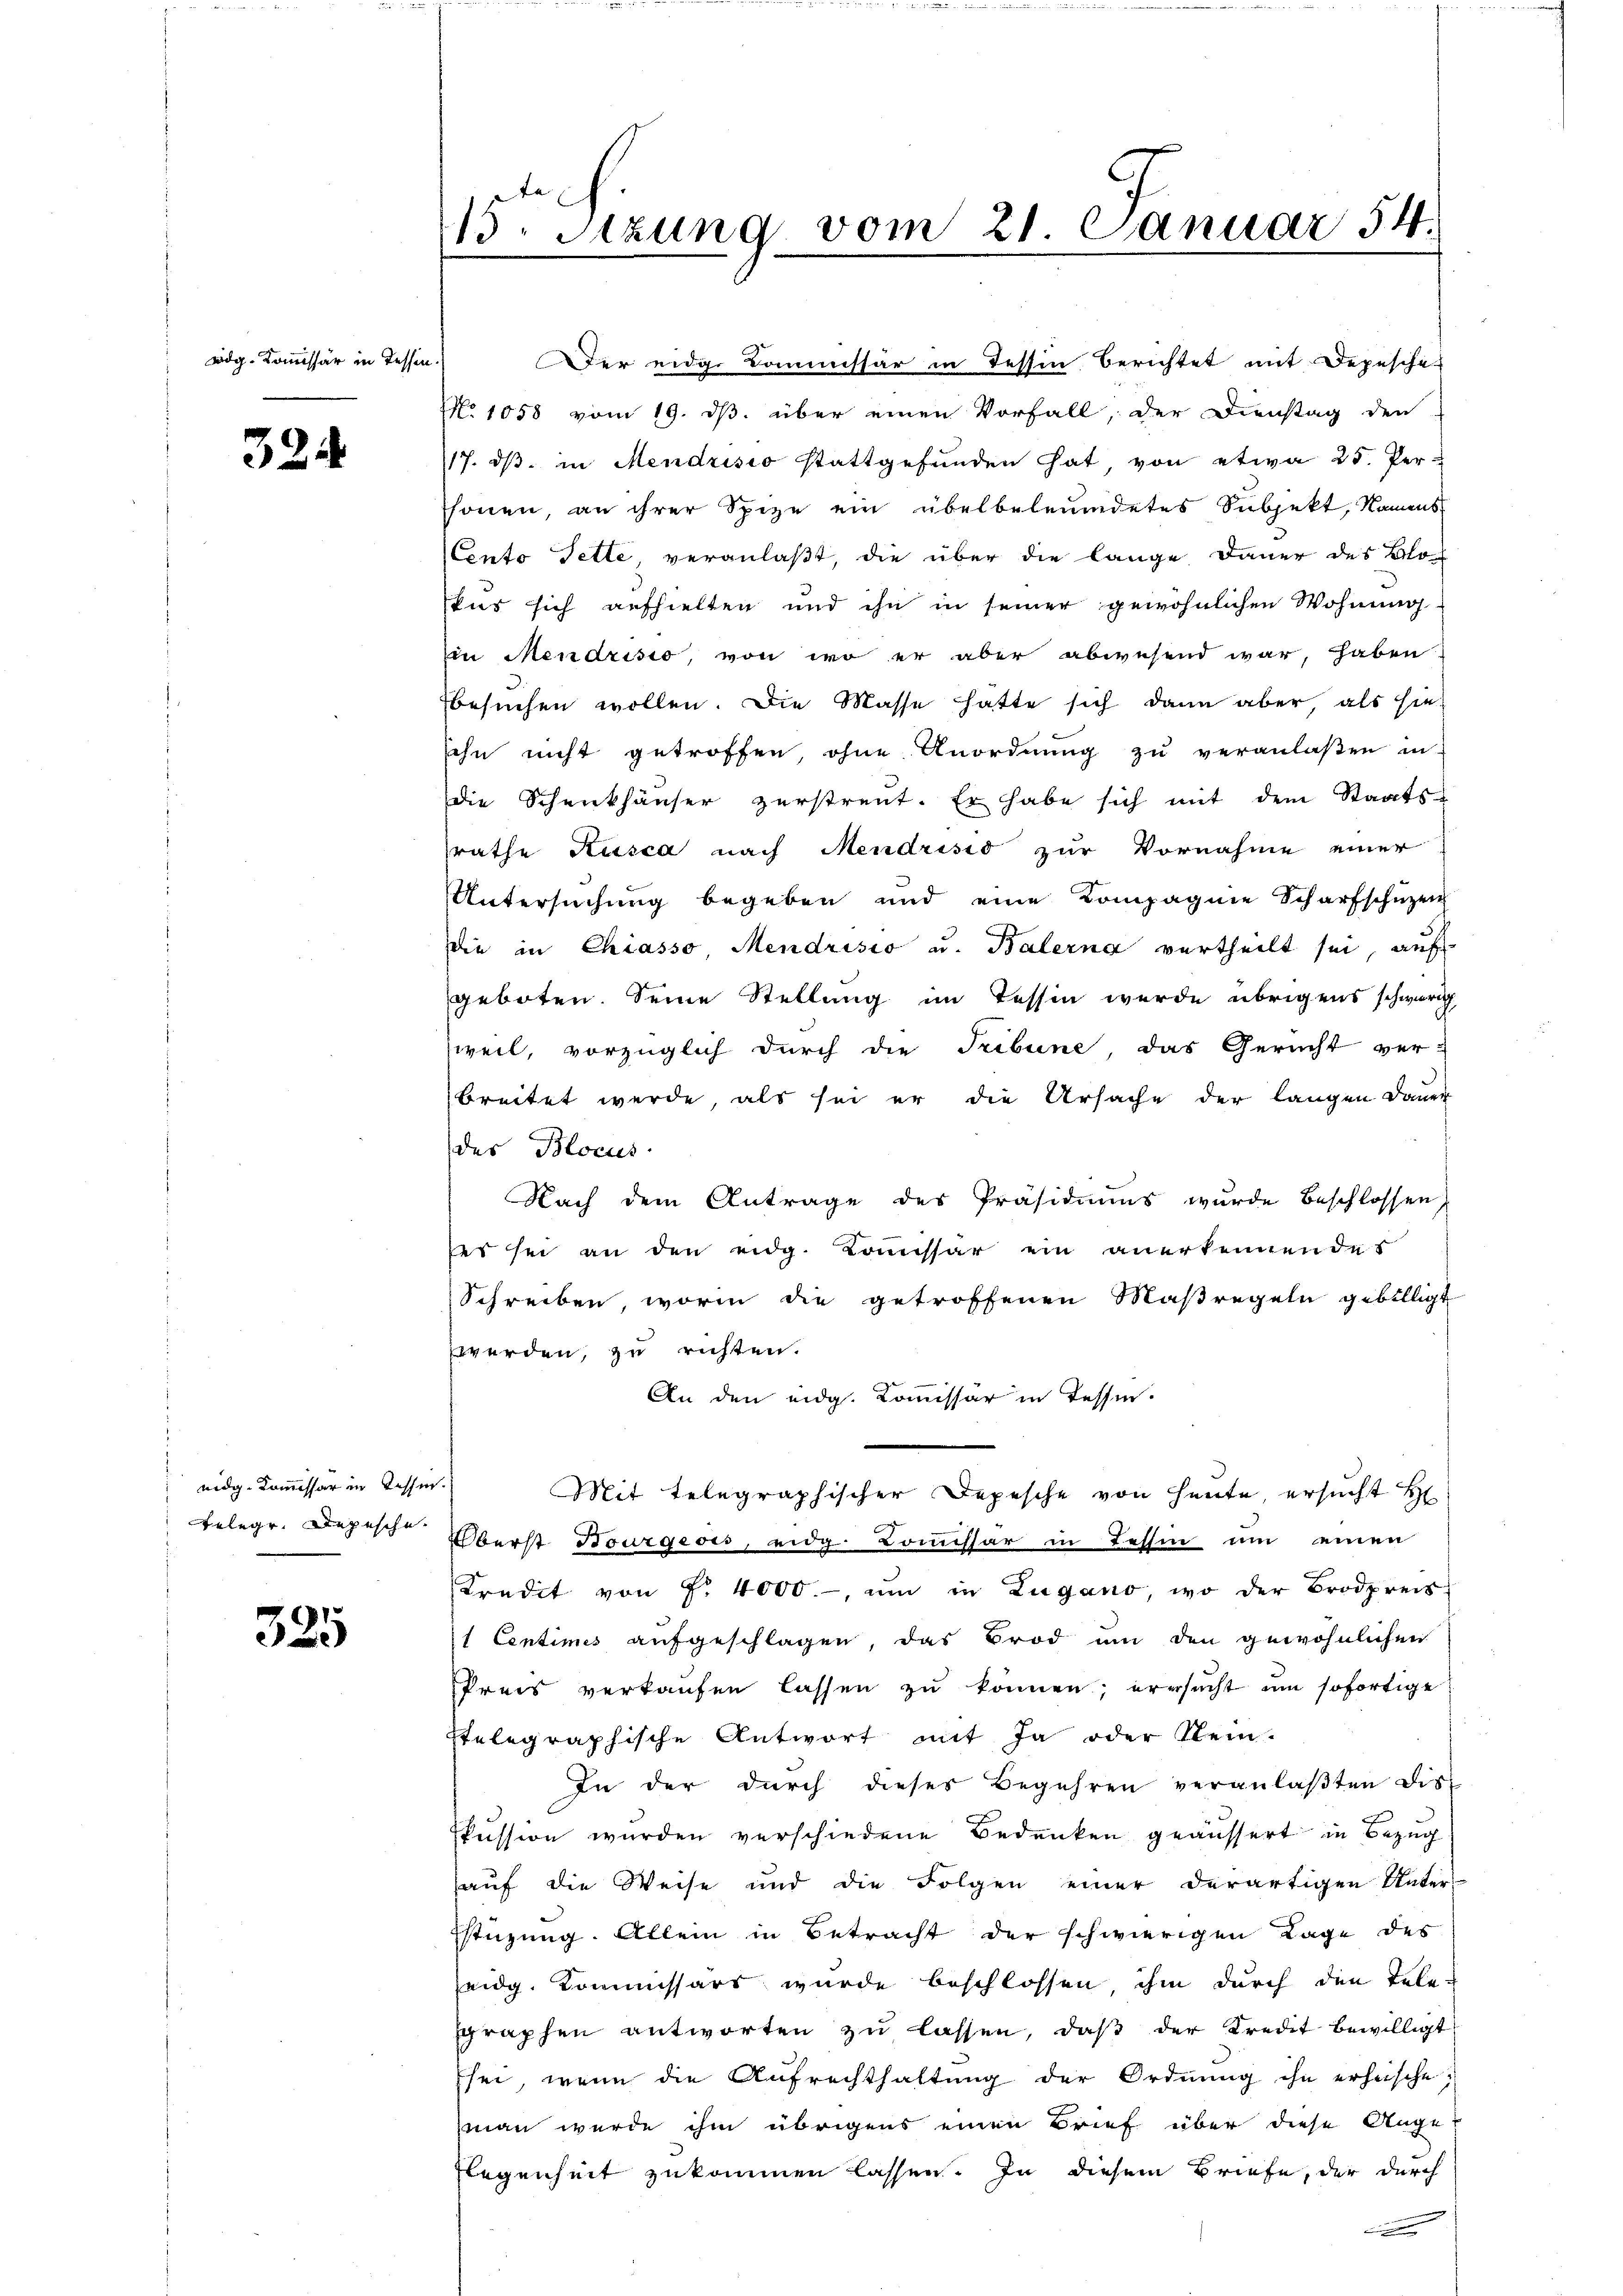
wdg. Kommissär in Tessin.

324

eidg. Kommissar in Tessin
Belege. Depesche

325

15. Sitzung vom 21 Januar 54.

der eidge Commissär in Tessin berichtet mit Depesche
No 1058 vom 19. ds. über einen Vorfall, der Dienstag den
17. dβ in Mendrisio stattgefunden hat von etwa 25. Per-
honen, an ihrer Spize ein übelbeleumdetes Subjekt, Namens
Conto Fette veranlaßt, die über die lange Dauer des Blouus sich aufhielten und ihn in seiner gewöhnlichen Wohnung
in Mendrisio, von wo er aber abwesend war, haben
besuchen wollen. Die Masse hatte sich dann aber als hie-
ihn nicht getroffen ohne Anordnung zu veranlaßen in
die Schenkhäuser zerstreut. Er habe sich mit dem Staats-
rathe Rusca nach Mendrisis zur Vornahme einer
Untersuchung begeben und eine Kompagnie Scharfschüzen
die in Chiasso Mendrisio u. Balerna vertheilt sei, auf
geboten. Seine Stellung im Tessin wurde übrigens schwere
weil, vorzüglich durch die Tribune das Gericht ver-
breitet werde, als sei er die Ursache der langen Dauer
des Blocus
Nach dem Antrage des Präsidiums wurde beschlossen,
ses sei an den eidg. Koṁissar ein anerkennen des
Schreiben, worin die getroffenen Maßregeln gebilligt
werden, zu richten.
An den eidg. Kommissär in Tessin.
Mit telegraphischer Depesche von Heute, ersucht H
Oberst Bourgeois, eidg. Comissär in Tessin um einen
Kredit von Fr. 4000 um in Zugano, wo der Brodpreis
 Centimes aufgeschlagen, das Brod um den gewöhnlichen
Preis verkaufen lassen zu können; ersucht um sofortige
Etelegraphische Antwort mit Ja oder Rein-
In der durch dieser Begehren veranlaßten Dis
skussion wurden verschiedene Bedenken geäussert in Bezug
auf die Weise und die Folgen einer derartigen Unter-
stüzung. Allein in Betracht der schwierigen Tage des
eidg. Kommissärs wurde beschlossen ihm durch den Tele-
graphen antworten zu lassen, daß der Kredit bewilligt
Esei, wenn die Aŭfrechthaltŭng der Ordnŭng ihn erheische
(man wurde ihm übrigens einen Brief über diese Ange¬
Flegenheit zukommen lassen. In diesem Briefe, der durch
e